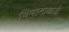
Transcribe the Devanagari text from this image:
विमानाकडे